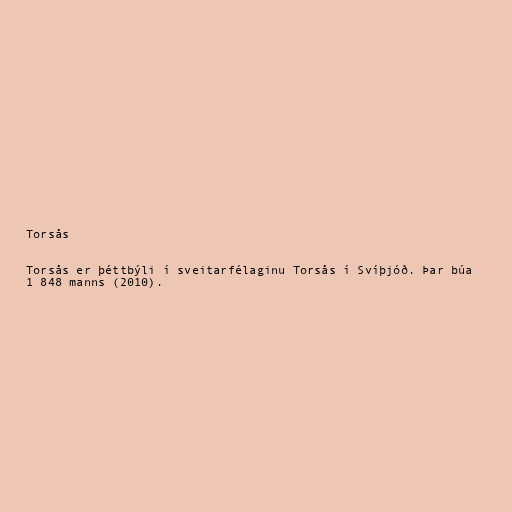
Torsås

Torsås er þéttbýli í sveitarfélaginu Torsås í Svíþjóð. Þar búa
1 848 manns (2010).